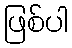
ဖြစ်ပါ